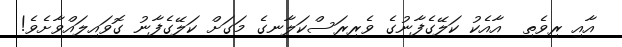
އާއި ރިވެތި  އާއެކު ކަލޭގެފާނުގެ ވެރިރަސްކަލާނގެ މަގަށް ކަލޭގެފާނު ގޮވައިލައްވާށެވެ!